Scottish Leaving Certificate Examination, 1961
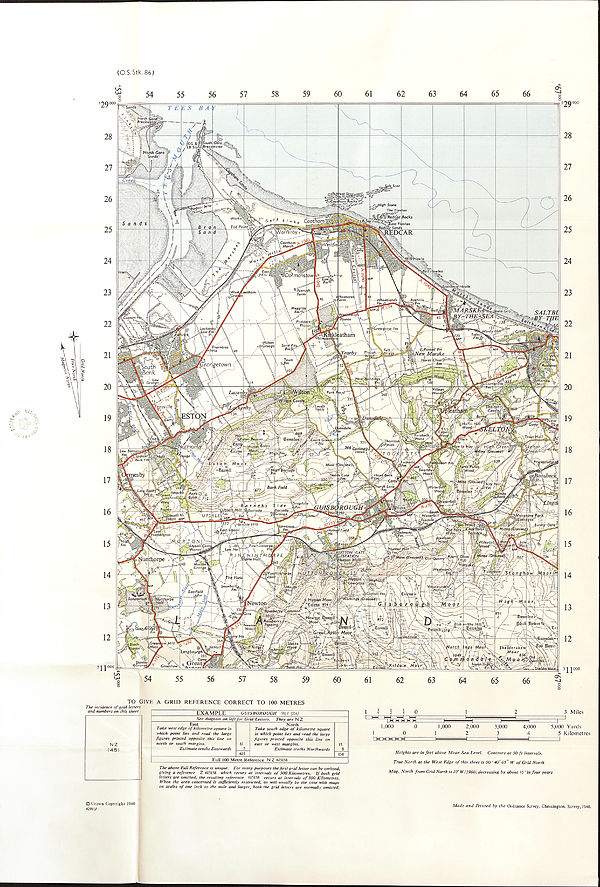
Grid North
(O.S.Stk. 86)
'0 XU' S -
29000
28
27
26
25
24
23
22
21
20
19
18
17
16
15
14
13
12
5 1 poo
TO GIVE A GRID REFERENCE CORRECT TO 100 METRES
The incidence of grid letters
and numbers on this sheet
EXAMPLE
GUI SB PRO UGH (RLY ST A)
See diagram on left for Grid Letters. They are N Z
East
Take west edge of kilometre square in
which point lies and read the large
figures printed opposite this line on
north or south margins.
Estimate tenths Eastwards
61 5_
615
North
Take south edge of kilometre square
in which point lies and read the large
figures printed opposite this line on
east or west margins.
Estimate tenths Northwards
15 8
158
Full 100 Metre Reference NZ 615158
The above Full Reference is unique. For many purposes the first grid letter can be omitted,
giving a reference Z 615158 which recurs at intervals of 500 Kilometres. If both grid
letters are omitted, the resulting reference 615158 recurs at intervals of 100 Kilometres.
When the area concerned is sufficiently restricted, as will usually be the case with maps
on scales of one inch to the mile and larger, both the grid letters are normally omitted.
3 Miles
EEF 1
5,000 Yards
5 Kilometres
Heights are in feet above Mean Sea Level. Contours at 50 ft intervals.
True North at the West Edge of this sheet is 00 0 40’ 05" W of Grid North
Mag. North from Grid North is 10° W (1960) decreasing by about V2° in four years
1 f i i 0
1 ^
1,000
0
1
0
I H H
hi
1,000
2,000
2
3,000
3
4,000
4
©Crown Copyright 1960
4291U
Made and Printed by the Ordnance Survey, Chessington, Surrey, 1960.